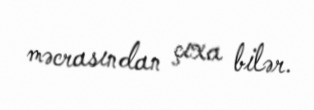
məcrasından çıxa bilər.